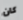
كان